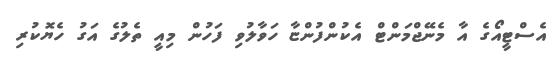
އެސްޓީއޯގެ އާ މެނޭޖްމަންޓް އެކުންފުންޏާ ހަވާލުވި ފަހުން މިއީ ތެލުގެ އަގު ހެޔޮކުރި